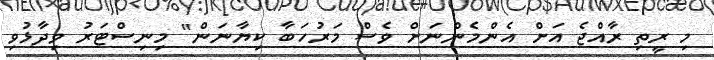
މި ރީތި ރާއްޖެ އަށް އެންމެންނަށް ވެސް މަރުހަބާ ކިޔާނަން" މިނިސްޓަރު ވިދާޅުވި